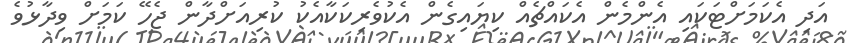
އަދި އެކަމަށްޓަކައި އެންމެން އެކައްޗެއް ކިޔައިގެން އެކުވެރިކަކާއެކު ކުރިއަށްދާން ޖެހޭ ކަމަށް ވިދާޅުވެ